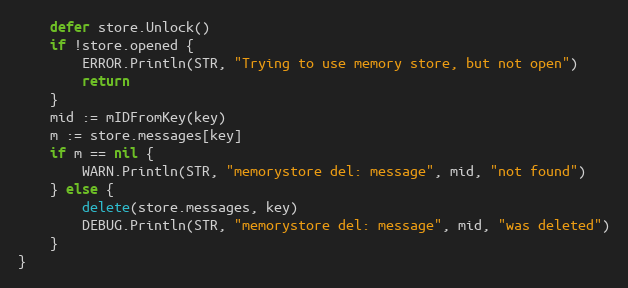
Language: Go
	defer store.Unlock()
	if !store.opened {
		ERROR.Println(STR, "Trying to use memory store, but not open")
		return
	}
	mid := mIDFromKey(key)
	m := store.messages[key]
	if m == nil {
		WARN.Println(STR, "memorystore del: message", mid, "not found")
	} else {
		delete(store.messages, key)
		DEBUG.Println(STR, "memorystore del: message", mid, "was deleted")
	}
}